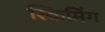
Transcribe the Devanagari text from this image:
स्किमिंग